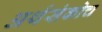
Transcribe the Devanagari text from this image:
अर्थसंकोच